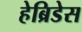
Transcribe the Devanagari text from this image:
हेब्रिडेस